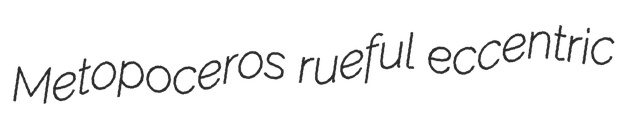
Metopoceros rueful eccentric